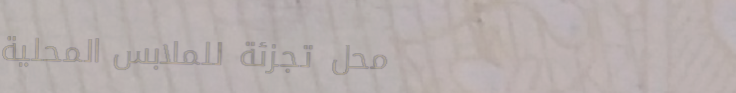
محل تجزئة للملابس المحلية